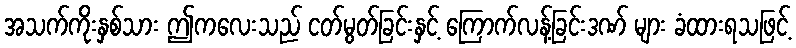
အသက်ကိုးနှစ်သား ဤကလေးသည် ငတ်မွတ်ခြင်းနှင့် ကြောက်လန့်ခြင်းဒဏ် များ ခံထားရသဖြင့်